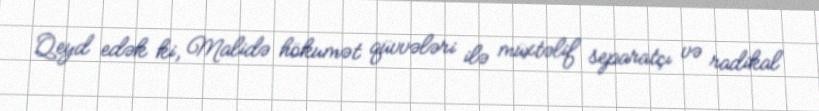
Qeyd edək ki, Malidə hökumət qüvvələri ilə müxtəlif separatçı və radikal